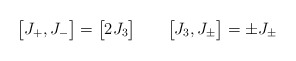
\begin{align*}\bigl[J_{+},J_{-}\bigr] = \bigl[2J_{3}\bigr] \qquad\bigl[J_{3},J_{\pm}\bigr] = \pm J_{\pm} \end{align*}